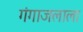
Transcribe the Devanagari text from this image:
गंगाजलाला